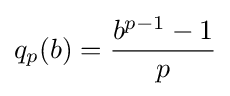
q_{p}(b)={\frac {b^{p-1}-1}{p}}